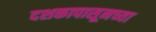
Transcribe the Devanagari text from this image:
दशकापासूनच्या